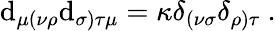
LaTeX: \mathrm{d}_{\mu(\nu\rho}\mathrm{d}_{\sigma)\tau\mu}=\kappa\delta_{(\nu\sigma}\delta_{\rho)\tau}\ .